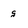
Character: g